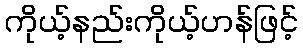
ကိုယ့်နည်းကိုယ့်ဟန်ဖြင့်